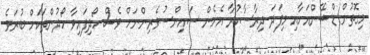
މިގޮތުން ޑްޝޭންއަށާއި މިފަދަ ދިރާސާކުރާ އެހެން ސައިންސުވެރިންނަށް ވެސް ހޯދިފައިވާ ހޯދުންތަކަށް ބުރަވެ